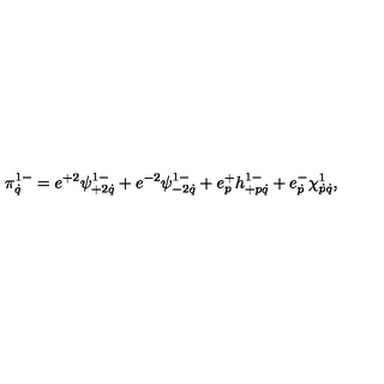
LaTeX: \pi _ { \dot { q } } ^ { 1 - } = e ^ { + 2 } \psi _ { + 2 \dot { q } } ^ { 1 - } + e ^ { - 2 } \psi _ { - 2 \dot { q } } ^ { 1 - } + e _ { p } ^ { + } h _ { + p \dot { q } } ^ { 1 - } + e _ { \dot { p } } ^ { - } \chi _ { \dot { p } \dot { q } } ^ { 1 } ,